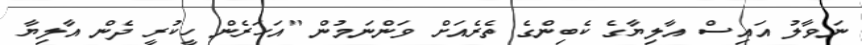
ނަވާލު އައިސް އާލިޔާގެ ކެބިންގެ ތެރެއަށް ވަންނަމުން "އަހަރެން ހީކުރީ ދެން އާލިޔާ